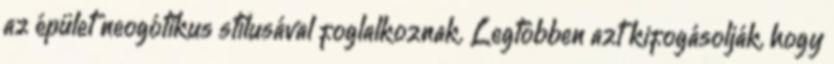
az épület neogótikus stílusával foglalkoznak. Legtöbben azt kifogásolják, hogy